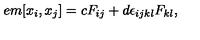
\hspace { + 5 e m } [ x _ { i } , x _ { j } ] = c F _ { i j } + d \epsilon _ { i j k l } F _ { k l } ,